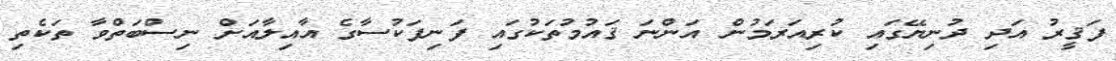
ފަޤީރު އަދި ދުނިޔޭގައި ކުރިއަރަމުން އަންނަ ޤައުމުތަކުގައި ފަނިފަކުސާގެ އާއިލާއަށް ނިސްބަތްވާ ތަކެތި